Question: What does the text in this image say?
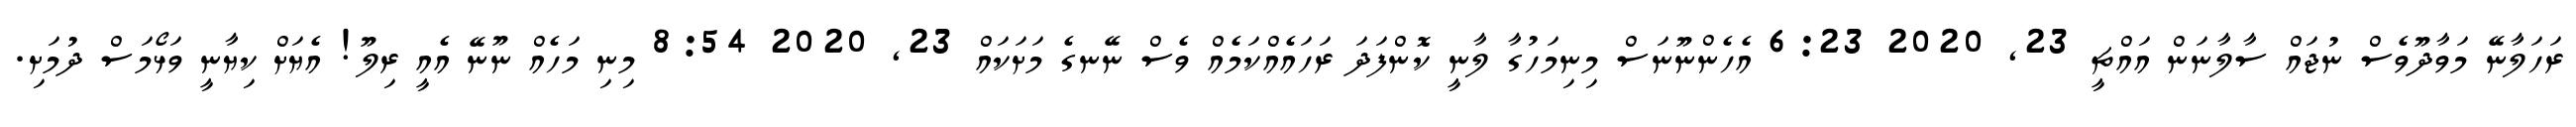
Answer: ރަހަލާނޭ މަވާދޫވެސް ނުޖައް ސާލާނަން އައްޗީ 23, 2020 6:23 އެހެންނޫނަސް މިނިމަހުގާ ލާނީ ކޮންފަދަ ރަހައެއްކަމެއް ވެސް ނޭނގެ މަށަކައް 23, 2020 8:54 މިނި މަހެއް ނޫނޭ އެއީ ރިލޫ! އެޔަށް ކިޔާނީ ވަޅޯމަސް ދުމަށި.